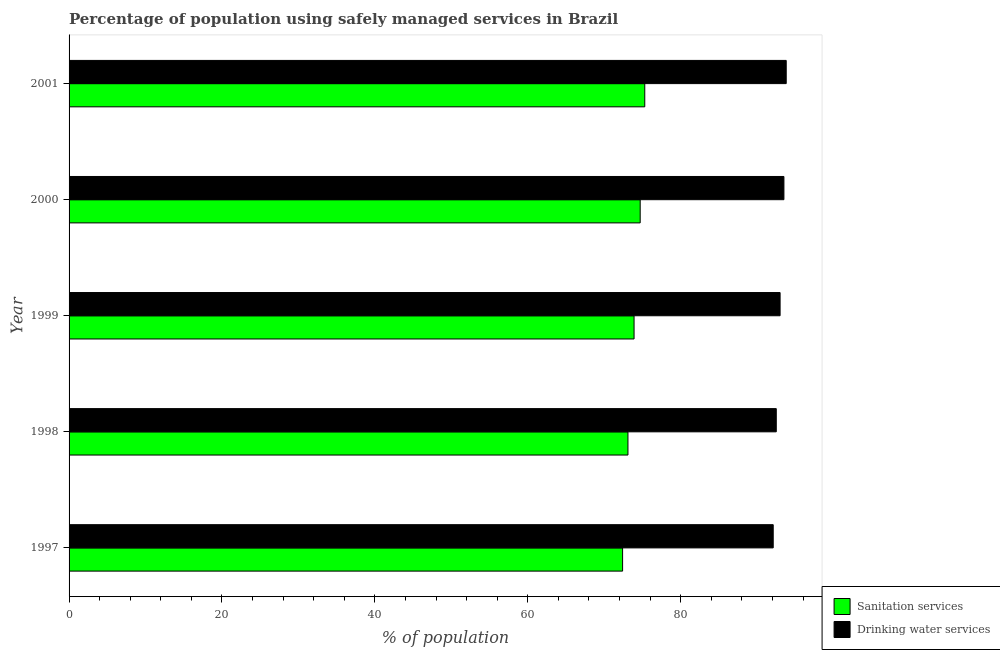
| Year | Sanitation services | Drinking water services |
 | --- | --- | --- |
 | 1997 | 72.4 | 92.1 |
 | 1998 | 73.1 | 92.5 |
 | 1999 | 73.9 | 93 |
 | 2000 | 74.7 | 93.5 |
 | 2001 | 75.3 | 93.8 |